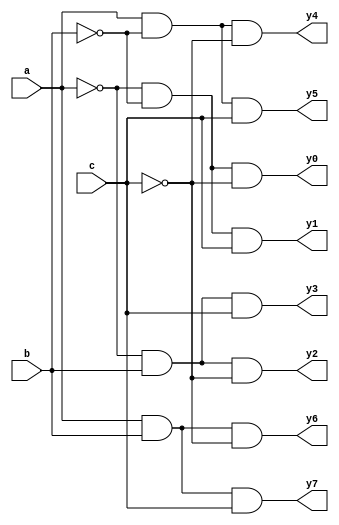
module decoder_3to8(a,b,c,y0,y1,y2,y3,y4,y5,y6,y7);
    input a,b,c;
    output y0,y1,y2,y3,y4,y5,y6,y7;
    wire a_comp,b_comp,c_comp;

    not n1 (a_comp,a);
    not n2 (b_comp,b);
    not n3 (c_comp,c);

    and a0 (y0,a_comp,b_comp,c_comp);
    and a1 (y1,a_comp,b_comp,c);
    and a2 (y2,a_comp,b,c_comp);
    and a3 (y3,a_comp,b,c);
    and a4 (y4,a,b_comp,c_comp);
    and a5 (y5,a,b_comp,c);
    and a6 (y6,a,b,c_comp);
    and a7 (y7,a,b,c);

endmodule